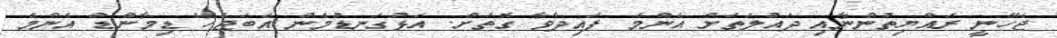
ޖެހޭނީ ރައްޔިތުންނާއި ދައުލަތަށް އެންމެ ފައިދާވާ ގޮތަށް. އަޅުގަނޑުމެން އެބަޖެހޭ ޑިމާންޑް އެންމެ